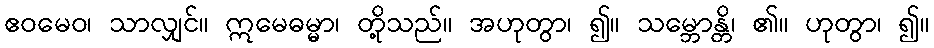
ဧဝမေဝ၊ သာလျှင်။ ဣမေဓမ္မာ၊ တို့သည်။ အဟုတွာ၊ ၍။ သမ္ဘောန္တိ၊ ၏။ ဟုတွာ၊ ၍။